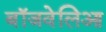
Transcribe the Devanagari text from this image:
बॉजवेलिआ